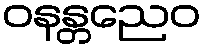
ဝနန္တညေဝ